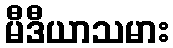
မီဒီယာသမား